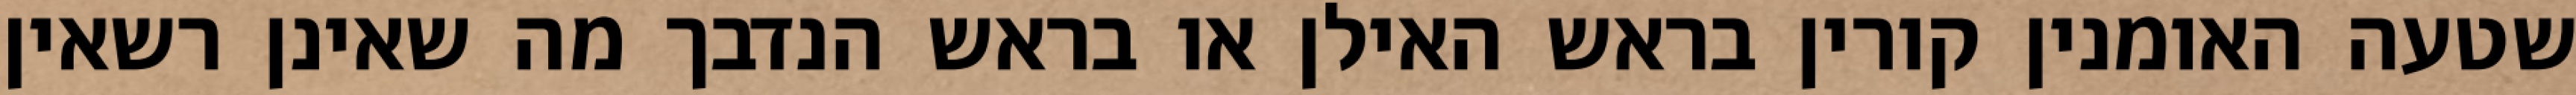
שטעה האומנין קורין בראש האילן או בראש הנדבך מה שאינן רשאין